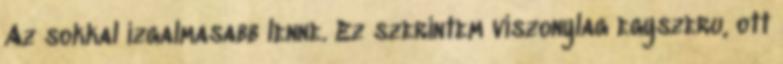
Az sokkal izgalmasabb lenne. Ez szerintem viszonylag egyszeru, ott